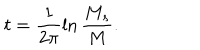
t = \frac { 1 } { 2 \pi } \ln \frac { M _ { s } } { M } .